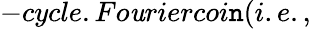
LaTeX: -cycle.Fo\mathit{u}riercoi\mathtt{n}(i.e.,